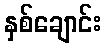
နှစ်ချောင်း